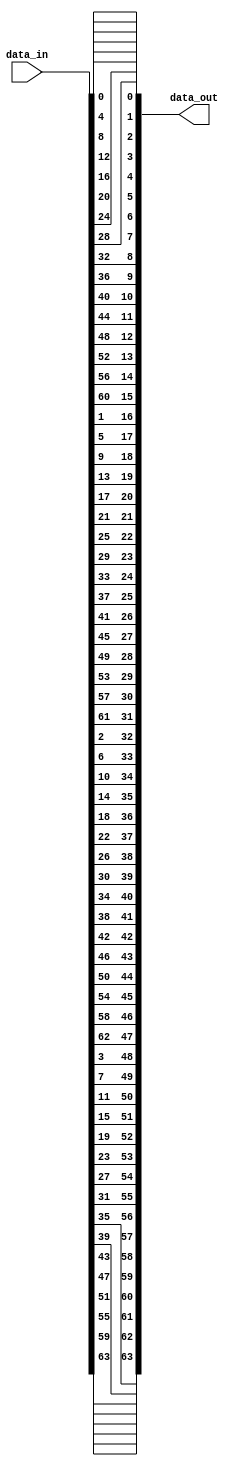
module pbox(
   input  wire [63:0] data_in,
   output wire [63:0] data_out
);

assign data_out[0 ] = data_in[0 ];
assign data_out[16] = data_in[1 ];
assign data_out[32] = data_in[2 ];
assign data_out[48] = data_in[3 ];
assign data_out[1 ] = data_in[4 ];
assign data_out[17] = data_in[5 ];
assign data_out[33] = data_in[6 ];
assign data_out[49] = data_in[7 ];
assign data_out[2 ] = data_in[8 ];
assign data_out[18] = data_in[9 ];
assign data_out[34] = data_in[10];
assign data_out[50] = data_in[11];
assign data_out[3 ] = data_in[12];
assign data_out[19] = data_in[13];
assign data_out[35] = data_in[14];
assign data_out[51] = data_in[15];

assign data_out[4 ] = data_in[16];
assign data_out[20] = data_in[17];
assign data_out[36] = data_in[18];
assign data_out[52] = data_in[19];
assign data_out[5 ] = data_in[20];
assign data_out[21] = data_in[21];
assign data_out[37] = data_in[22];
assign data_out[53] = data_in[23];
assign data_out[6 ] = data_in[24];
assign data_out[22] = data_in[25];
assign data_out[38] = data_in[26];
assign data_out[54] = data_in[27];
assign data_out[7 ] = data_in[28];
assign data_out[23] = data_in[29];
assign data_out[39] = data_in[30];
assign data_out[55] = data_in[31];

assign data_out[8 ] = data_in[32];
assign data_out[24] = data_in[33];
assign data_out[40] = data_in[34];
assign data_out[56] = data_in[35];
assign data_out[9 ] = data_in[36];
assign data_out[25] = data_in[37];
assign data_out[41] = data_in[38];
assign data_out[57] = data_in[39];
assign data_out[10] = data_in[40];
assign data_out[26] = data_in[41];
assign data_out[42] = data_in[42];
assign data_out[58] = data_in[43];
assign data_out[11] = data_in[44];
assign data_out[27] = data_in[45];
assign data_out[43] = data_in[46];
assign data_out[59] = data_in[47];

assign data_out[12] = data_in[48];
assign data_out[28] = data_in[49];
assign data_out[44] = data_in[50];
assign data_out[60] = data_in[51];
assign data_out[13] = data_in[52];
assign data_out[29] = data_in[53];
assign data_out[45] = data_in[54];
assign data_out[61] = data_in[55];
assign data_out[14] = data_in[56];
assign data_out[30] = data_in[57];
assign data_out[46] = data_in[58];
assign data_out[62] = data_in[59];
assign data_out[15] = data_in[60];
assign data_out[31] = data_in[61];
assign data_out[47] = data_in[62];
assign data_out[63] = data_in[63];

endmodule